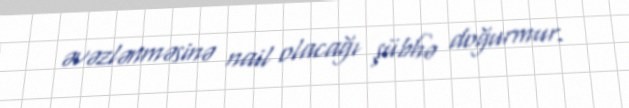
əvəzlənməsinə nail olacağı şübhə doğurmur.